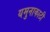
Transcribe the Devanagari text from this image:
यमुनाकाठी